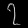
Digit: ၇